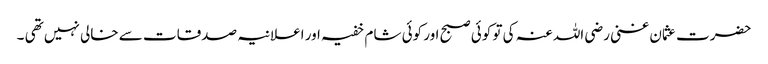
حضرت عثمان غنی رضی اللہ عنہ کی تو کوئی صبح اور کوئی شام خفیہ اور اعلانیہ صدقات سے خالی نہیں تھی ۔